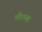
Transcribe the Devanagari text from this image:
ली।यह